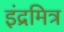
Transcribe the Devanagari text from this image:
इंद्रमित्र